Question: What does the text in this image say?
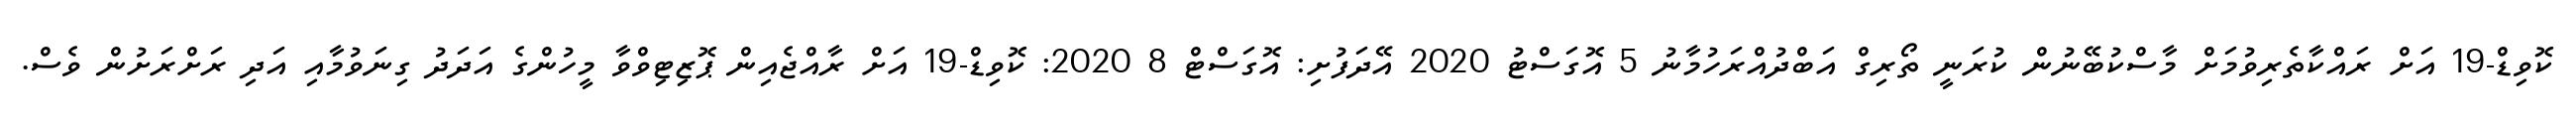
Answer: ކޮވިޑް-19 އަށް ރައްކާތެރިވުމަށް މާސްކުބޭނުން ކުރަނީ ތޯރިގް އަބްދުއްރަހުމާނު 5 އޮގަސްޓު 2020 އޭދަފުށި: އޮގަސްޓް 8 2020: ކޮވިޑް-19 އަށް ރާއްޖެއިން ޕޮޒިޓިވްވާ މީހުންގެ އަދަދު ގިނަވުމާއި އަދި ރަށްރަށުން ވެސް.